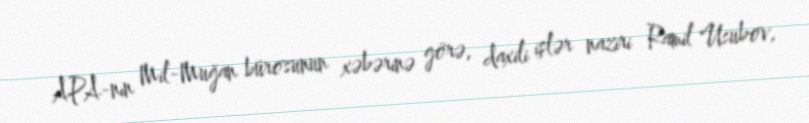
APA-nın Mil-Muğan bürosunun xəbərinə görə, daxili işlər naziri Ramil Usubov,